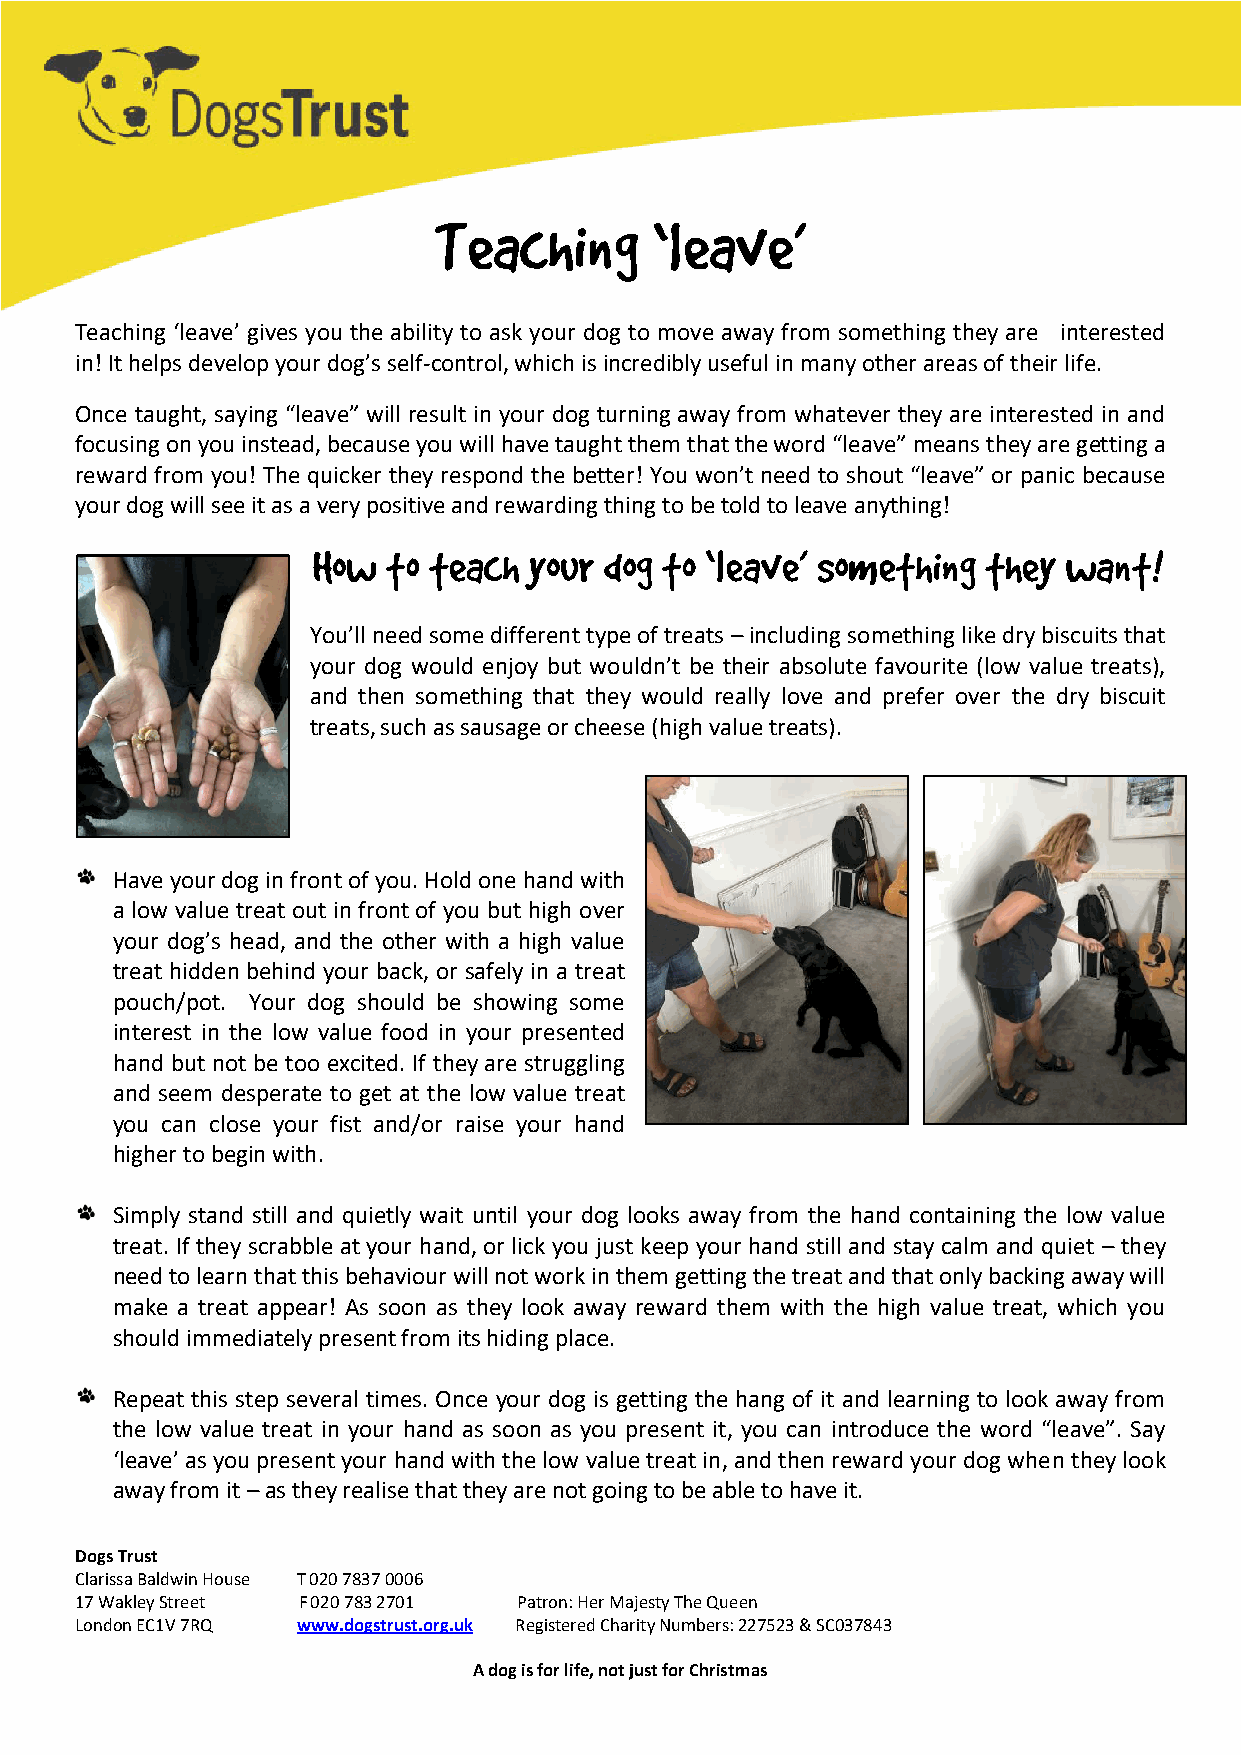
Teaching      ‘leave’
 Teaching ‘leave’ gives you the ability to ask your dog to move away from something they are interested
 in! It helps develop your dog’s self-control, which is incredibly useful in many other areas of their life.
 Once taught, saying “leave” will result in your dog turning away from whatever they are interested in and
 focusing on you instead, because you will have taught them that the word “leave” means they are getting a
 reward from you! The quicker they respond the better! You won’t need to shout “leave” or panic because
 your dog will see it as a very positive and rewarding thing to be told to leave anything!
 How  to teach your dog to ‘leave’ something they want!
 You’ll need some different type of treats – including something like dry biscuits that
 your dog would enjoy but wouldn’t be their absolute favourite (low value treats),
 and then something that they would really love and prefer over the dry biscuit
 treats, such as sausage or cheese (high value treats).
 Have your dog in front of you. Hold one hand with
 a low value treat out in front of you but high over
 your dog’s head, and the other with a high value
 treat hidden behind your back, or safely in a treat
 pouch/pot. Your dog should be showing some
 interest in the low value food in your presented
 hand but not be too excited. If they are struggling
 and seem desperate to get at the low value treat
 you can close your fist and/or raise your hand
 higher to begin with.
 Simply stand still and quietly wait until your dog looks away from the hand containing the low value
 treat. If they scrabble at your hand, or lick you just keep your hand still and stay calm and quiet – they
 need to learn that this behaviour will not work in them getting the treat and that only backing away will
 make a treat appear! As soon as they look away reward them with the high value treat, which you
 should immediately present from its hiding place.
 Repeat this step several times. Once your dog is getting the hang of it and learning to look away from
 the low value treat in your hand as soon as you present it, you can introduce the word “leave”. Say
 ‘leave’ as you present your hand with the low value treat in, and then reward your dog when they look
 away from it – as they realise that they are not going to be able to have it.
 Dogs Trust
 Clarissa Baldwin House T 020 7837 0006
 17 Wakley Street F 020 783 2701 Patron: Her Majesty The Queen
 London EC1V 7RQ www.dogstrust.org.uk Registered Charity Numbers: 227523 & SC037843
 A dog is for life, not just for Christmas